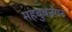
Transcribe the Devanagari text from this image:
महबुबनगर